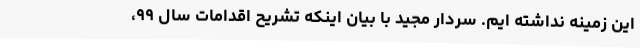
این زمینه نداشته ایم. سردار مجید با بیان اینکه تشریح اقدامات سال ۹۹،